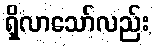
ရှိလာသော်လည်း